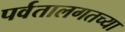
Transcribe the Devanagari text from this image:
पर्वतालगतच्या